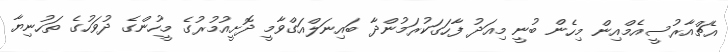
އެޗްއާރުސީއެމްއިން މިހެން ބުނީ މިއަދު ފާހަގަކުރަމުންދާ ބައިނަލްއަގްވާމީ ދޮށީއުމުރުގެ މީހުންގެ ދުވަހުގެ ތަހުނިޔާ